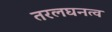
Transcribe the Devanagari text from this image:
तरलघनत्व